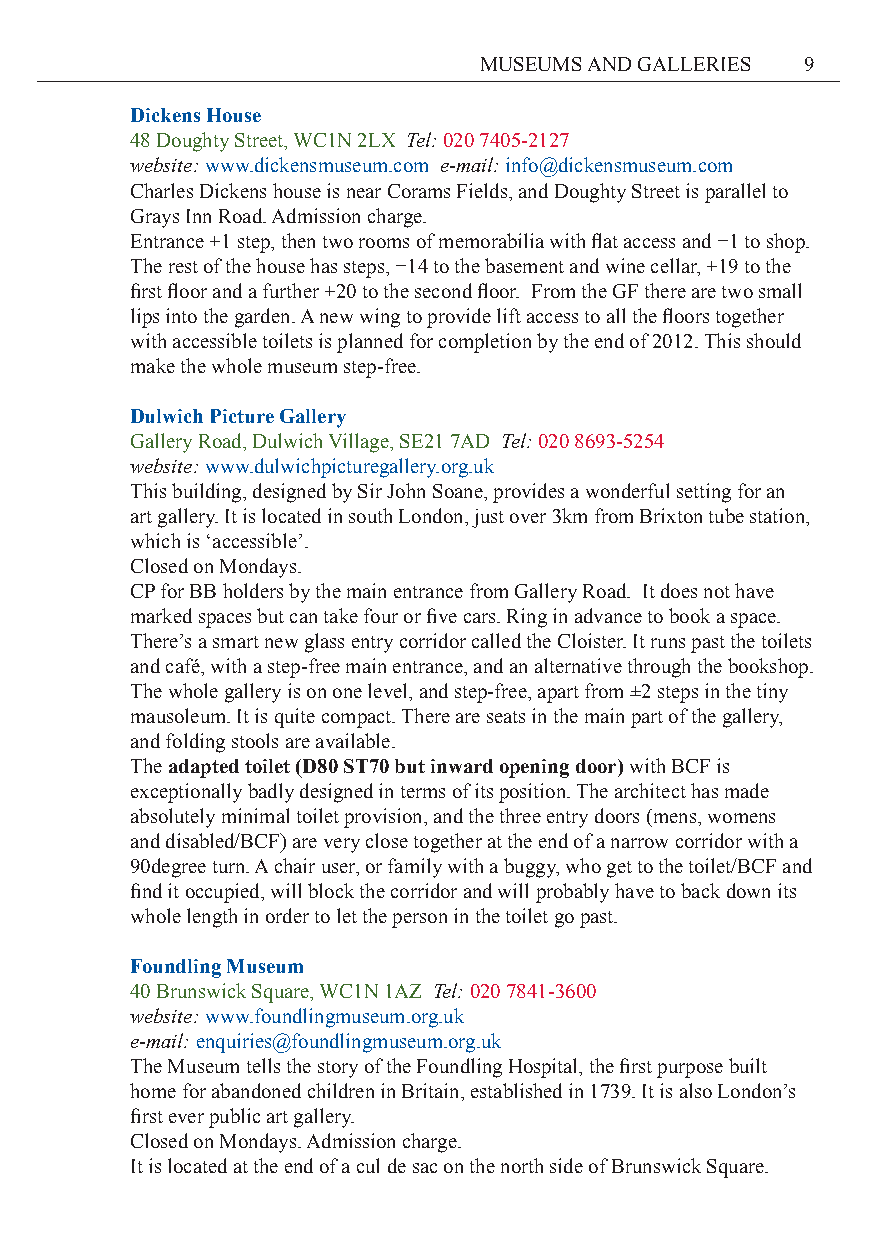
MUSEUMS AND GALLERIES 9
 Dickens House
 48 Doughty Street, WC1N 2LX Tel: 020 7405-2127
 website: www.dickensmuseum.com e-mail: info@dickensmuseum.com
 Charles Dickens house is near Corams Fields, and Doughty Street is parallel to
 Grays Inn Road. Admission charge.
 Entrance +1 step, then two rooms of memorabilia with flat access and −1 to shop.
 The rest of the house has steps, −14 to the basement and wine cellar, +19 to the
 first floor and a further +20 to the second floor. From the GF there are two small
 lips into the garden. A new wing to provide lift access to all the floors together
 with accessible toilets is planned for completion by the end of 2012. This should
 make the whole museum step-free.
 Dulwich Picture Gallery
 Gallery Road, Dulwich Village, SE21 7AD Tel: 020 8693-5254
 website: www.dulwichpicturegallery.org.uk
 This building, designed by Sir John Soane, provides a wonderful setting for an
 art gallery. It is located in south London, just over 3km from Brixton tube station,
 which is ‘accessible’.
 Closed on Mondays.
 CP for BB holders by the main entrance from Gallery Road. It does not have
 marked spaces but can take four or five cars. Ring in advance to book a space.
 There’s a smart new glass entry corridor called the Cloister. It runs past the toilets
 and café, with a step-free main entrance, and an alternative through the bookshop.
 The whole gallery is on one level, and step-free, apart from ±2 steps in the tiny
 mausoleum. It is quite compact. There are seats in the main part of the gallery,
 and folding stools are available.
 The adapted toilet (D80 ST70 but inward opening door) with BCF is
 exceptionally badly designed in terms of its position. The architect has made
 absolutely minimal toilet provision, and the three entry doors (mens, womens
 and disabled/BCF) are very close together at the end of a narrow corridor with a
 90degree turn. A chair user, or family with a buggy, who get to the toilet/BCF and
 find it occupied, will block the corridor and will probably have to back down its
 whole length in order to let the person in the toilet go past.
 Foundling Museum
 40 Brunswick Square, WC1N 1AZ Tel: 020 7841-3600
 website: www.foundlingmuseum.org.uk
 e-mail: enquiries@foundlingmuseum.org.uk
 The Museum tells the story of the Foundling Hospital, the first purpose built
 home for abandoned children in Britain, established in 1739. It is also London’s
 first ever public art gallery.
 Closed on Mondays. Admission charge.
 It is located at the end of a cul de sac on the north side of Brunswick Square.